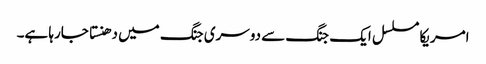
امریکا مسلسل ایک جنگ سے دوسری جنگ میں دھنستا جارہا ہے۔